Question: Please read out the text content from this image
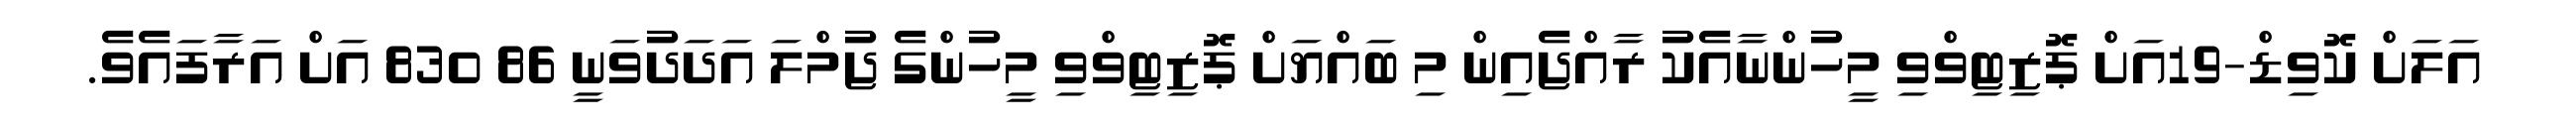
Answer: އަލަށް ކޮވިޑް-19އަށް ޕޮޒިޓިވްވި މީހުންނާއެކު ރާއްޖެއިން މި ބައްޔަށް ޕޮޒިޓިވްވި މީހުންގެ ޖުމްލަ އަދަދުވަނީ 86 830 އަށް އަރާފައެވެ.